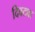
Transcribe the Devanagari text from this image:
दिवट्या